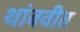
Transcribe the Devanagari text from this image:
थांबवीत